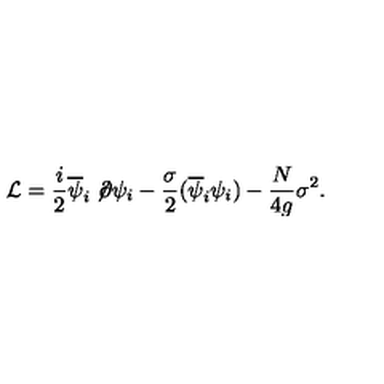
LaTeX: { \cal L } = \frac { i } 2 \overline { \psi } _ { i } \not \! \partial \psi _ { i } - \frac { \sigma } 2 ( \overline { \psi } _ { i } \psi _ { i } ) - \frac { N } { 4 g } \sigma ^ { 2 } .